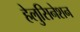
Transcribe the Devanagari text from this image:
हेलुसिनेशन